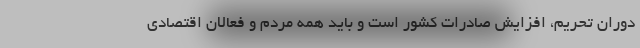
دوران تحریم، افزایش صادرات کشور است و باید همه مردم و فعالان اقتصادی